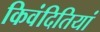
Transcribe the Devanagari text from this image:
किवंदितियां